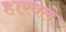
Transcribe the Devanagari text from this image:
हारवले